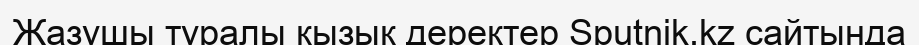
Жазушы туралы қызық деректер Sputnik.kz сайтында